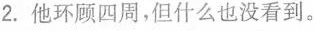
2.他环顾四周,但什么也没看到.。